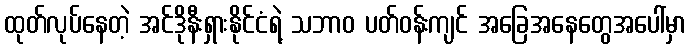
ထုတ်လုပ်နေတဲ့ အင်ဒိုနီးရှားနိုင်ငံရဲ့ သဘာဝ ပတ်ဝန်းကျင် အခြေအနေတွေအပေါ်မှာ